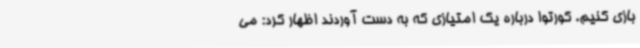
بازی کنیم. کورتوا درباره یک امتیازی که به دست آوردند اظهار کرد: می